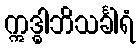
ဣဒ္ဓါဘိသင်္ခါရံ